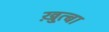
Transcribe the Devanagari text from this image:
ख़ुत़्बा